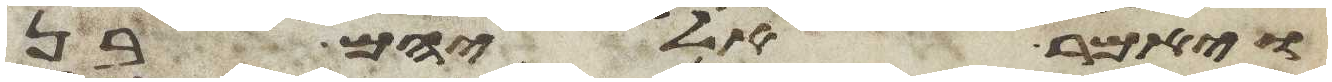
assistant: ויאמר אליהם בן